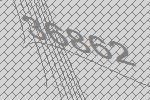
36862